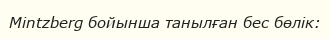
Mintzberg бойынша танылған бес бөлік: